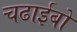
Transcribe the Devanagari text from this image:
चढाईबो